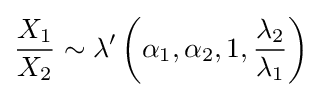
{\frac {X_{1}}{X_{2}}}\sim \lambda '\left(\alpha _{1},\alpha _{2},1,{\frac {\lambda _{2}}{\lambda _{1}}}\right)